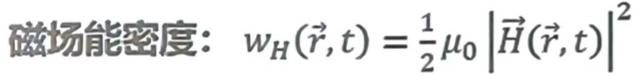
磁场能密度: $w_H(\vec{r},t) = \frac{1}{2} \mu_0 \left| \vec{H}(\vec{r},t) \right|^2$